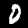
Label: 0